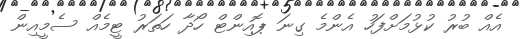
އެއް ބުރު ކުޅުމަށްފަހު އެންމެ ގިނަ ޕޮއިންޓް ހޯދާ ހަތަރު ޓީމެއް ސެމީއިން